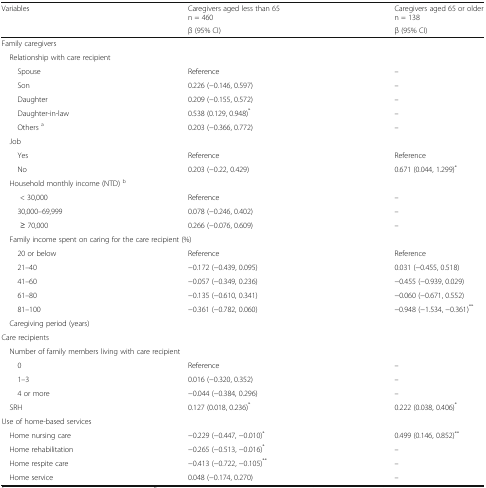
<table><thead><tr><td rowspan="2"><b>Variables</b></td><td><b>Caregivers aged less than 65n = 460</b></td><td><b>Caregivers aged 65 or oldern = 138</b></td></tr><tr><td><b>β (95% CI)</b></td><td><b>β (95% CI)</b></td></tr></thead><tbody><tr><td colspan="3">Family caregivers</td></tr><tr><td colspan="3"> Relationship with care recipient</td></tr><tr><td>Spouse</td><td>Reference</td><td>–</td></tr><tr><td>Son</td><td>0.226 (−0.146, 0.597)</td><td>–</td></tr><tr><td>Daughter</td><td>0.209 (−0.155, 0.572)</td><td>–</td></tr><tr><td>Daughter-in-law</td><td>0.538 (0.129, 0.948)<sup>*</sup></td><td>–</td></tr><tr><td>Others <sup>a</sup></td><td>0.203 (−0.366, 0.772)</td><td>–</td></tr><tr><td colspan="3"> Job</td></tr><tr><td>Yes</td><td>Reference</td><td>Reference</td></tr><tr><td>No</td><td>0.203 (−0.22, 0.429)</td><td>0.671 (0.044, 1.299)<sup>*</sup></td></tr><tr><td colspan="3"> Household monthly income (NTD) <sup>b</sup></td></tr><tr><td>&lt; 30,000</td><td>Reference</td><td>–</td></tr><tr><td>30,000–69,999</td><td>0.078 (−0.246, 0.402)</td><td>–</td></tr><tr><td>≥ 70,000</td><td>0.266 (−0.076, 0.609)</td><td>–</td></tr><tr><td colspan="3"> Family income spent on caring for the care recipient (%)</td></tr><tr><td>20 or below</td><td>Reference</td><td>Reference</td></tr><tr><td>21–40</td><td>−0.172 (−0.439, 0.095)</td><td>0.031 (−0.455, 0.518)</td></tr><tr><td>41–60</td><td>−0.057 (−0.349, 0.236)</td><td>−0.455 (−0.939, 0.029)</td></tr><tr><td>61–80</td><td>−0.135 (−0.610, 0.341)</td><td>−0.060 (−0.671, 0.552)</td></tr><tr><td>81–100</td><td>−0.361 (−0.782, 0.060)</td><td>−0.948 (−1.534, −0.361)<sup>**</sup></td></tr><tr><td colspan="3"> Caregiving period (years)</td></tr><tr><td colspan="3">Care recipients</td></tr><tr><td colspan="3"> Number of family members living with care recipient</td></tr><tr><td>0</td><td>Reference</td><td>–</td></tr><tr><td>1–3</td><td>0.016 (−0.320, 0.352)</td><td>–</td></tr><tr><td>4 or more</td><td>−0.044 (−0.384, 0.296)</td><td>–</td></tr><tr><td> SRH</td><td>0.127 (0.018, 0.236)<sup>*</sup></td><td>0.222 (0.038, 0.406)<sup>*</sup></td></tr><tr><td colspan="3">Use of home-based services</td></tr><tr><td> Home nursing care</td><td>−0.229 (−0.447, −0.010)<sup>*</sup></td><td>0.499 (0.146, 0.852)<sup>**</sup></td></tr><tr><td> Home rehabilitation</td><td>−0.265 (−0.513, −0.016)<sup>*</sup></td><td>–</td></tr><tr><td> Home respite care</td><td>−0.413 (−0.722, −0.105)<sup>**</sup></td><td>–</td></tr><tr><td> Home service</td><td>0.048 (−0.174, 0.270)</td><td>–</td></tr></tbody></table>